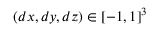
( d x , d y , d z ) \in [ - 1 , 1 ] ^ { 3 }